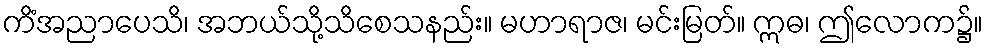
ကိံအညာပေသိ၊ အဘယ်သို့သိစေသနည်း။ မဟာရာဇ၊ မင်းမြတ်။ ဣဓ၊ ဤလောက၌။